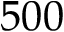
5 0 0